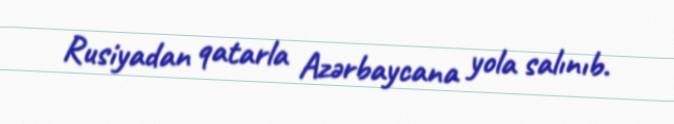
Rusiyadan qatarla Azərbaycana yola salınıb.